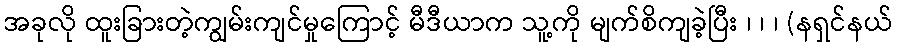
အခုလို ထူးခြားတဲ့ကျွမ်းကျင်မှုကြောင့် မီဒီယာက သူ့ကို မျက်စိကျခဲ့ပြီး ၊ ၊ ၊ (နရှင်နယ်